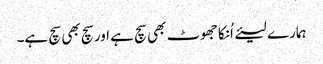
ہمارے لیئے اُنکا جھوٹ بھی سچ ہے اور سچ بھی سچ ہے۔